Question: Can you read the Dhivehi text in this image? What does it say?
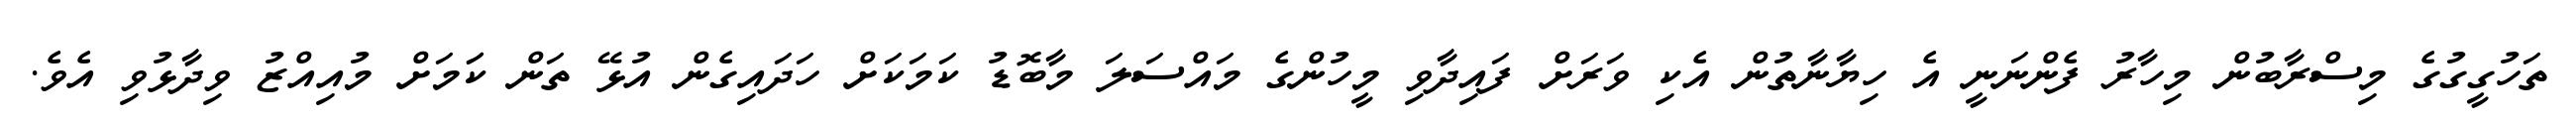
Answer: ތަހުގީގުގެ މިސްރާބުން މިހާރު ފެންނަނީ އެ ހިޔާނާތުން އެކި ވަރަށް ފައިދާވި މީހުންގެ މައްސަލަ މާބޮޑު ކަމަކަށް ހަދައިގެން އުޅޭ ތަން ކަަމަށް މުއިއްޒު ވިދާޅުވި އެވެ.